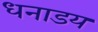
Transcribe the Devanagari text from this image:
धनाडय